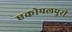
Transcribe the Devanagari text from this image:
एकोपलपुरी